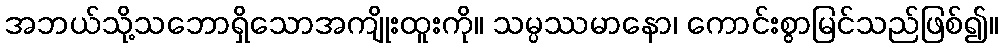
အဘယ်သို့သဘောရှိသောအကျိုးထူးကို။ သမ္ပဿမာနော၊ ကောင်းစွာမြင်သည်ဖြစ်၍။